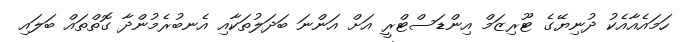
ހަމައެއާއެކު ދުނިޔޭގެ ޓޫރިޒަމް އިންޑަސްޓްރީ އަށް އަންނަ ބަދަލުތަކާއި އެނބުރެމުންދާ ގޮތްތައް ބަލައި